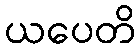
ယပေတိ